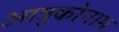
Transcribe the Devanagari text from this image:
आत्रुकोनाम